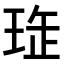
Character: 𤥖